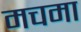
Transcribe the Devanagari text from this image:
मचमा